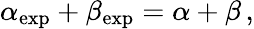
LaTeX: \alpha_{\mathrm{exp}}+\beta_{\mathrm{exp}}=\alpha+\beta\, ,